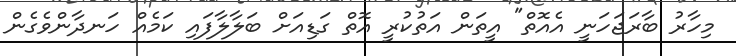
މިހާރު ބާރަޖަހަނީ އެއޮތް" އީތަން އަތުކުރީ އޮތް ގަޑިއަށް ބަލާލާފައި ކަމެއް ހަނދާންވެގެން